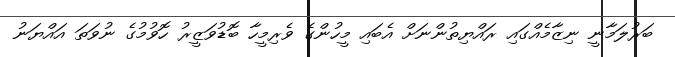
ބަރުލަމާނީ ނިޒާމެއްގައި ރައްޔިތުންނަށް އެބައި މީހުންގެ ވެރިމީހާ ބޮޑުވަޒީރު ހޮވުމުގެ ނުވަތަ އައްޔަނު